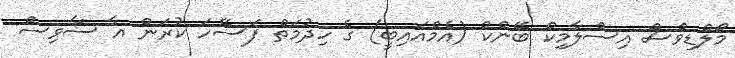
މޯލްޑިވްސް އިސްލާމިކް ބޭންކް (އެމްއައިބީ) ގެ ހިދުމަތް ފަސޭހަ ކުރަން އާ ސާވިސް